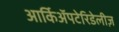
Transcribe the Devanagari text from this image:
आर्किॲपटेरिडेलीज़